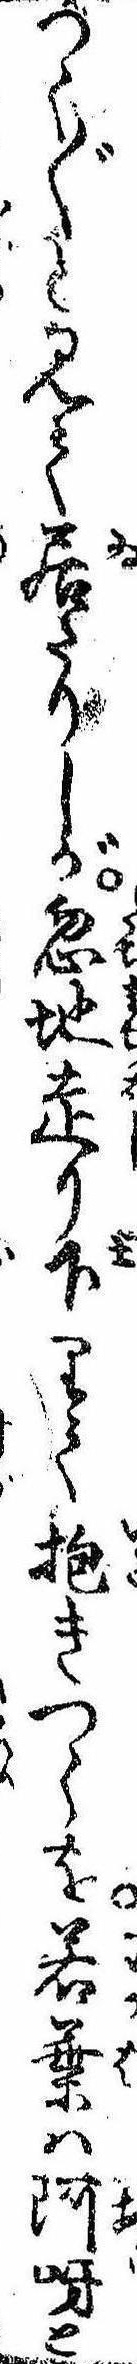
つく〲と見て居たりしが忽地走り下りて抱きつくを若葉は阿呀と